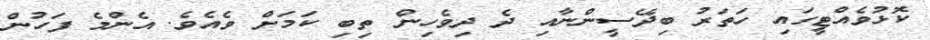
ކޮޅުވެއްޓީގައި ހަތަރު ބިދޭސީންނާއި ދެ ދިވެހިން ތިބި ކަމަށް ވެއެވެ. އެންމެ ފަހުން